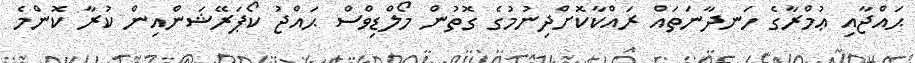
ޙައްޖާއި ޢުމްރާގެ ހަނދާނަތައް ރައްކާކޮށްދިނުމުގެ ގޮތުން މޯލްޑިވްސް ޙައްޖު ކޯޕަރޭޝަންއިން ކުރާ ކޮންމެ